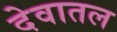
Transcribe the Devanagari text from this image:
देवातल